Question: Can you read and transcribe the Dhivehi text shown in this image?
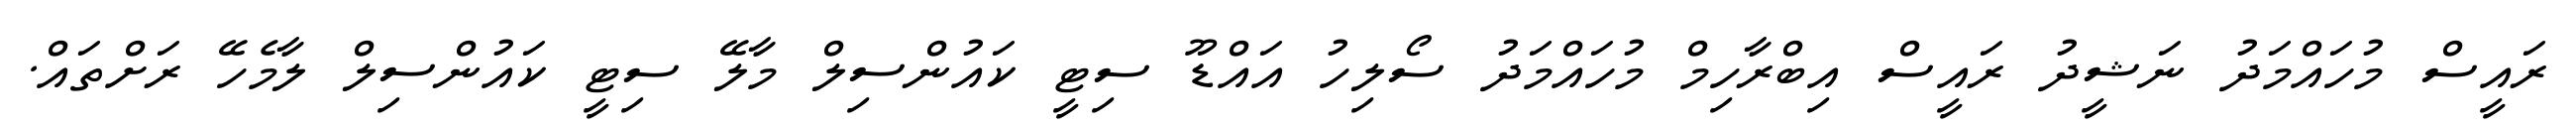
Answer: ރައީސް މުހައްމަދު ނަޝީދު ރައީސް އިބްރާހިމް މުހައްމަދު ސޯލިހު އައްޑޫ ސިޓީ ކައުންސިލް މާލޭ ސިޓީ ކައުންސިލް ލާމެހޭ ރަށްތައް.